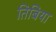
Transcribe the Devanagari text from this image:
तिबिया